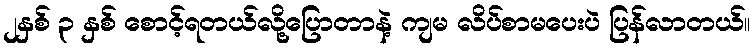
၂နှစ် ၃ နှစ် စောင့်ရတယ်လို့ပြောတာနဲ့ ကျမ လိပ်စာမပေးပဲ ပြန်လာတယ်။